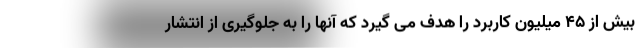
بیش از ۴۵ میلیون کاربرد را هدف می گیرد که آنها را به جلوگیری از انتشار